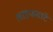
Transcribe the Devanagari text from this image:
लाइफबाॅट